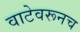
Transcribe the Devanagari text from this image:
वाटेवरूनच